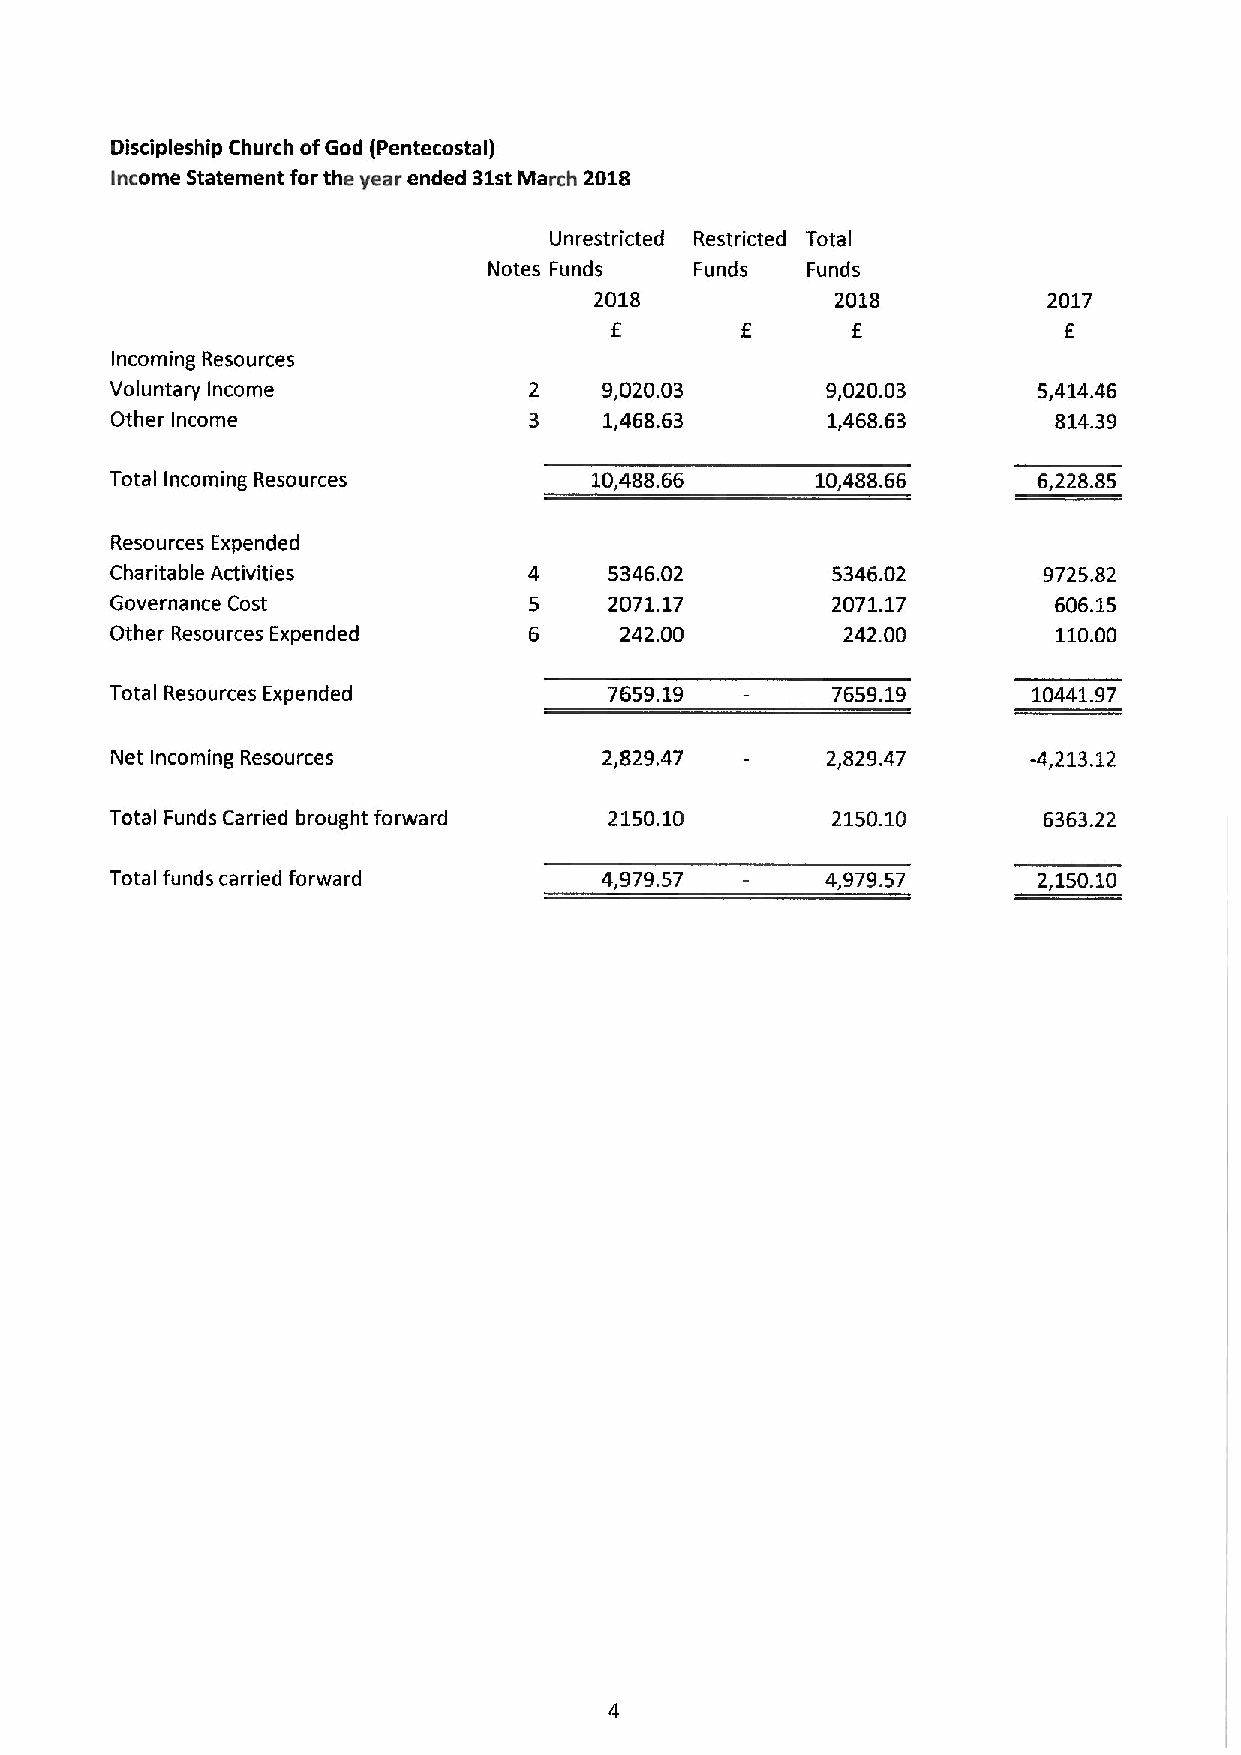
Discipleship Church ofGod (Pentecostal)
 Income Statement for the year ended 31stMarch 2018
 Unrestricted Restricted Total
 Notes Funds   Funds  Funds
 2018            2018          2017
 f
 E               E
 Incoming Resources
 Voluntary Income            2    9,020.03       9,020.03      5,414.46
 Other Income                3    1,468.63       1,468.63       814.39
 Total Incoming Resources        10,488.66      10,488.66      6,228.85
 Resources Expended
 Charitable Activities       4    5346.02        5346.02       9725.82
 Governance Cost             5    2071.17        2071.17        606.15
 Other Resources Expended    6     242.00         242.00        110.00
 Total Resources Expended         7659.19        7659.19      10441.97
 Net Incoming Resources           2,829.47       2,829.47     -4,213.12
 Total Funds Carried brought forward 2150.10     2150.10       6363.22
 Total funds carried forward      4,979.57       4,979.57      2,150.10